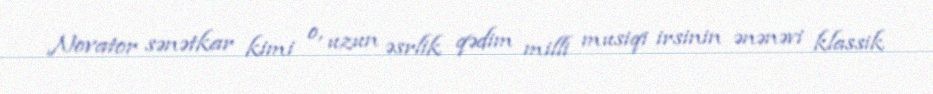
Novator sənətkar kimi o, uzun əsrlik qədim milli musiqi irsinin ənənəvi klassik